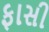
ફાસી